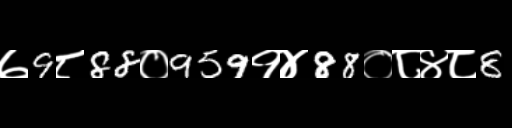
Text: ७9८88०959१४88०८४८8